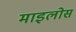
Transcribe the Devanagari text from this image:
माइलोस